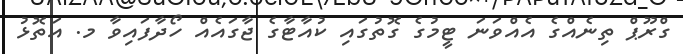
ގްރޫޕް ތިނެއްގެ އެއްވަނަ ޓީމުގެ ގޮތުގައި ކުއާޓާގެ ޖާގައެއް ހޯދާފައިވާ މ. އަތޮޅު